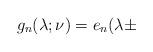
LaTeX: \begin{align*}g_{n}(\lambda;\nu) = e_{n}(\lambda \pm\end{align*}